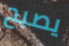
يصيح